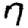
Digit: 7